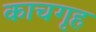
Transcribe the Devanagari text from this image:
काचगृह